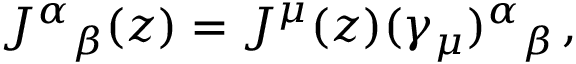
J ^ { \alpha } { } _ { \beta } ( z ) = J ^ { \mu } ( z ) ( \gamma _ { \mu } ) ^ { \alpha } { } _ { \beta } \, ,